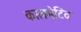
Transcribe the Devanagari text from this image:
कालमेटिव